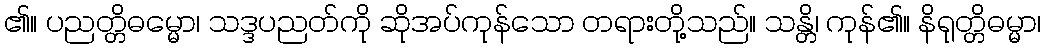
၏။ ပညတ္တိဓမ္မော၊ သဒ္ဒပညတ်ကို ဆိုအပ်ကုန်သော တရားတို့သည်။ သန္တိ၊ ကုန်၏။ နိရုတ္တိဓမ္မာ၊